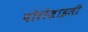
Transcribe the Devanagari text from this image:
पोरोज़ाइली